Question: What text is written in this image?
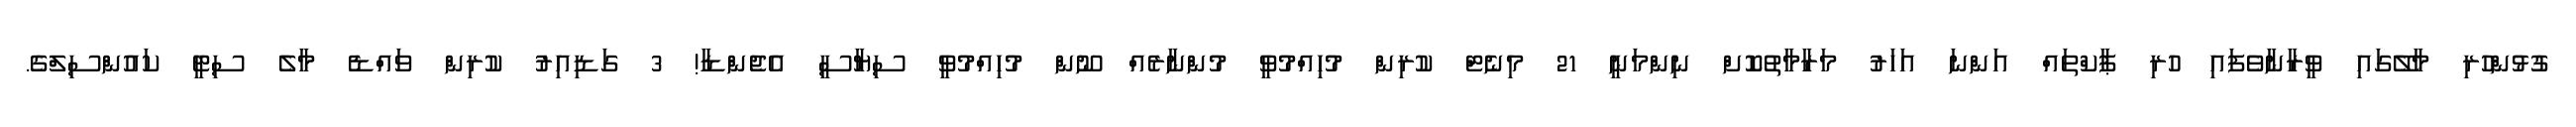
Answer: ގުޅުންހުރި މާލޭގައި ވީރާނާވެފައި ހުރި ޕާކްތައް އަންނަ އަހަރު މަރާމާތުކޮށް ނިންމަނީ 21 މިނެޓް ކުރިން މުހިއްމުވީ މުންނާރެއް ނޫން މުހިއްމުވީ ސިޔާސީ އެޖެންޑާ! 3 ގަޑިއިރު ކުރިން ވައްޑެ މާލެ ސިޓީ ކައުންސިލްގެ.